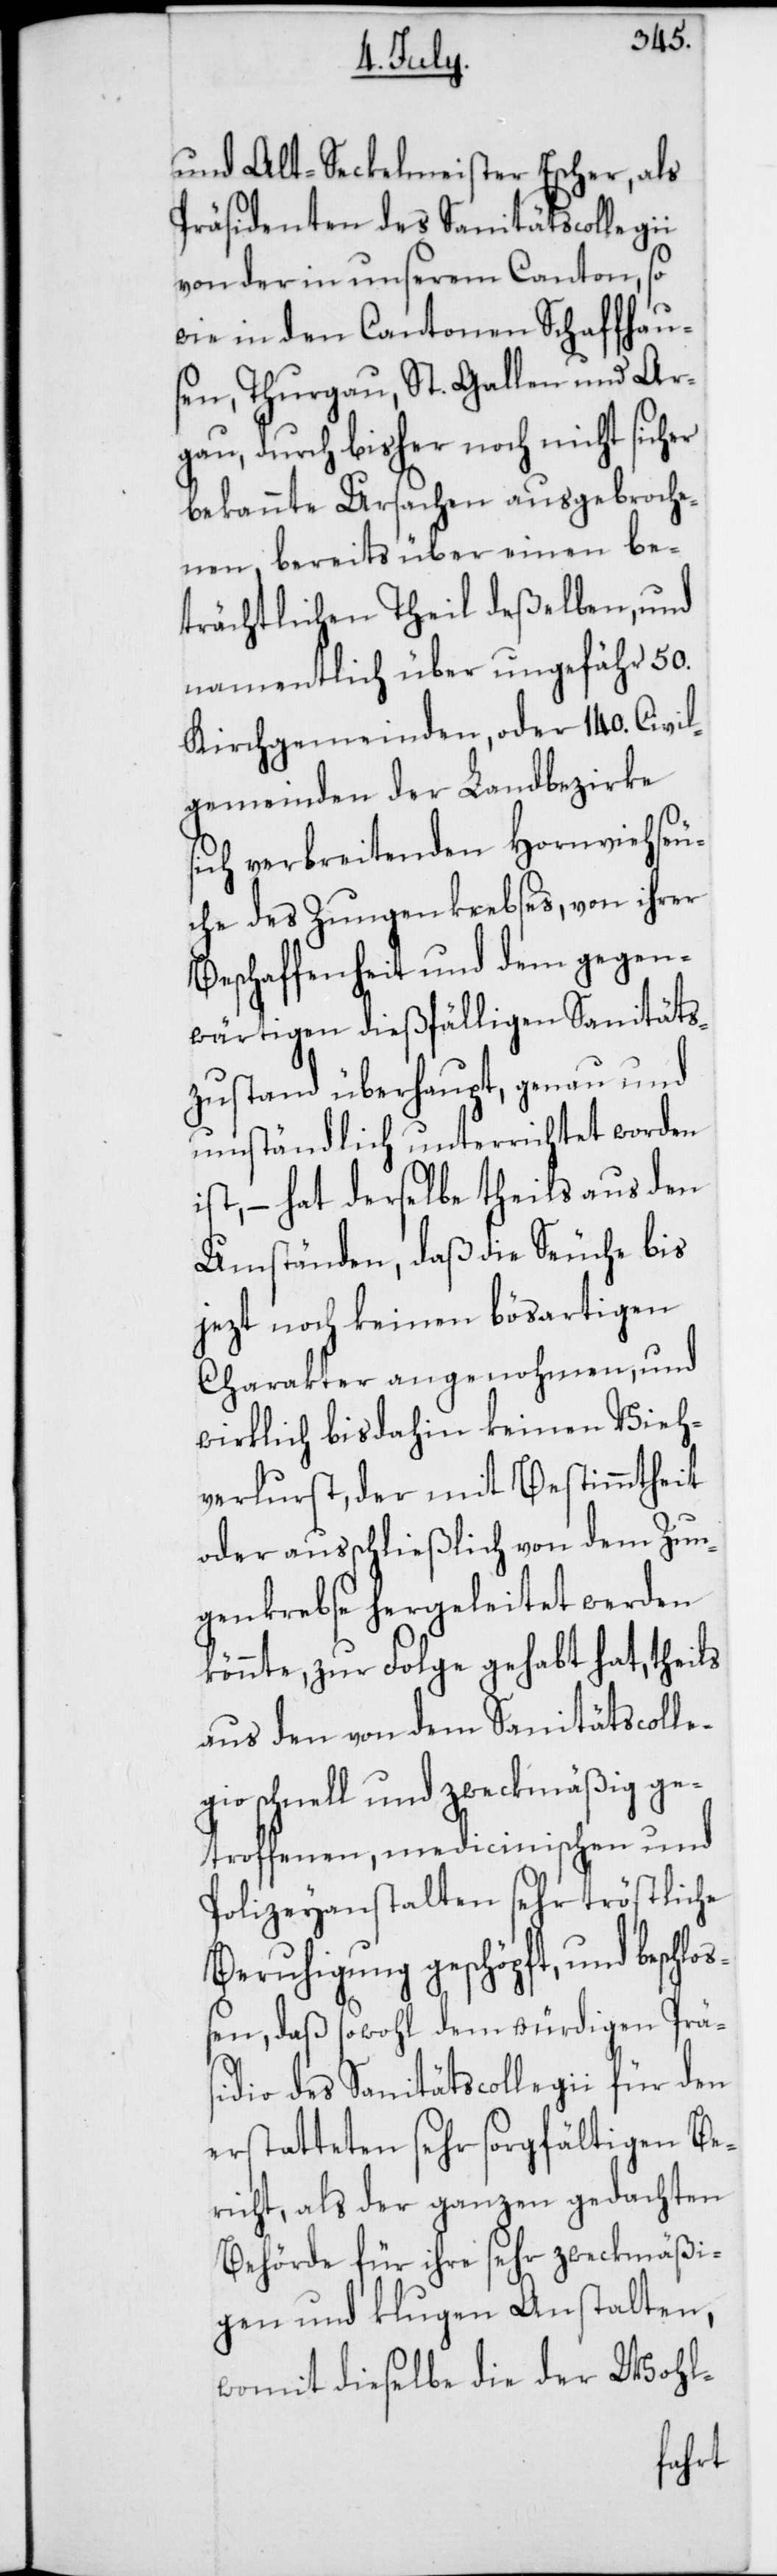
und Alt-Seckelmeister Escher, als
Präsidenten des Sanitätscollegii
von der in unserem Canton, so
wie in den Cantonen Schaffhau¬
sen, Thurgau, St. Gallen und Ar¬
gau, durch bisher noch nicht sicher
bekannte Ursachen ausgebroche¬
nen, bereits über einen be¬
trächtlichen Theil deßelben, und
namentlich über ungefähr 50.
Kirchgemeinden, oder 140. Civil¬
gemeinden der Landbezirke
sich verbreitenden Hornviehseu¬
che des Zungenkrebses, von ihrer
Beschaffenheit und dem gegen¬
wärtigen dießfälligen Sanitäts¬
zustand überhaupt, genau und
umständlich unterrichtet worden
ist, – hat derselbe theils aus den
Umständen, daß die Seuche bis
jezt noch keinen bösartigen
Charakter angenohmen, und
wirklich bis dahin keinen Vieh¬
verlust, der mit Bestimmtheit
oder ausschließlich von dem Zun¬
genkrebse hergeleitet werden
könnte, zur Folge gehabt hat, theils
aus den von dem Sanitätscolle¬
gio schnell und zweckmäßig ge¬
troffenen medicinischen und
Polizeyanstalten sehr tröstliche
Beruhigung geschöpft, und beschlo¬
ßen, daß sowohl dem würdigen Prä¬
sidio des Sanitätscollegii für den
erstatteten sehr sorgfältigen Be¬
richt, als der ganzen gedachten
Behörde für ihre sehr zweckmäßi¬
gen und klugen Anstalten,
womit dieselbe die der Wohl-